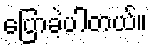
ပြောခဲ့ပါတယ်။